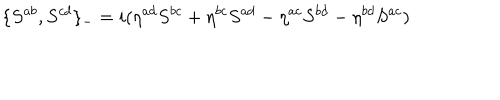
\{ S ^ { a b } , S ^ { c d } \} _ { - } = i ( \eta ^ { a d } S ^ { b c } + \eta ^ { b c } S ^ { a d } - \eta ^ { a c } S ^ { b d } - \eta ^ { b d } S ^ { a c } )